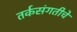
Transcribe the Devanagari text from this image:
तर्कसंगतीचे